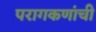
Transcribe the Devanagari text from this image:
परागकणांची